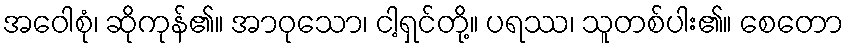
အဝေါစုံ၊ ဆိုကုန်၏။ အာဝုသော၊ ငါ့ရှင်တို့။ ပရဿ၊ သူတစ်ပါး၏။ စေတော